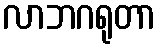
လာဘဂရုတာ